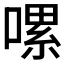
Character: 𠼱